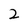
Character: 2